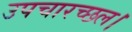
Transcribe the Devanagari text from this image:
उपचारच्छल।